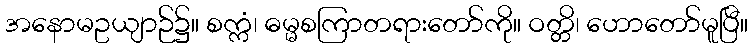
အနောမဥယျာဉ်၌။ စက္ကံ၊ ဓမ္မစကြာတရားတော်ကို။ ဝတ္တိ၊ ဟောတော်မူပြီ။